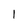
Character: l